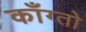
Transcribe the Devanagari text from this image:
काँग्तो